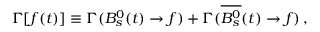
\Gamma [ f ( t ) ] \equiv \Gamma ( B _ { s } ^ { 0 } ( t ) \to f ) + \Gamma ( \overline { { { B _ { s } ^ { 0 } } } } ( t ) \to f ) \, ,